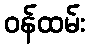
ဝန်ထမ်း